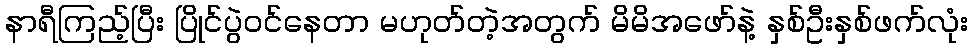
နာရီကြည့်ပြီး ပြိုင်ပွဲဝင်နေတာ မဟုတ်တဲ့အတွက် မိမိအဖော်နဲ့ နှစ်ဦးနှစ်ဖက်လုံး